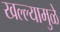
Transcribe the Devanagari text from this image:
खल्ल्यामुळे